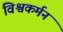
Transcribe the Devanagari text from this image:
विश्वकर्मन